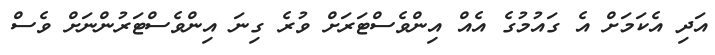
އަދި އެކަމަށް އެ ގައުމުގެ އެއް އިންވެސްޓަރަށް ވުރެ ގިނަ އިންވެސްޓަރުންނަށް ވެސް